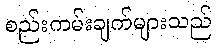
စည်းကမ်းချက်များသည်